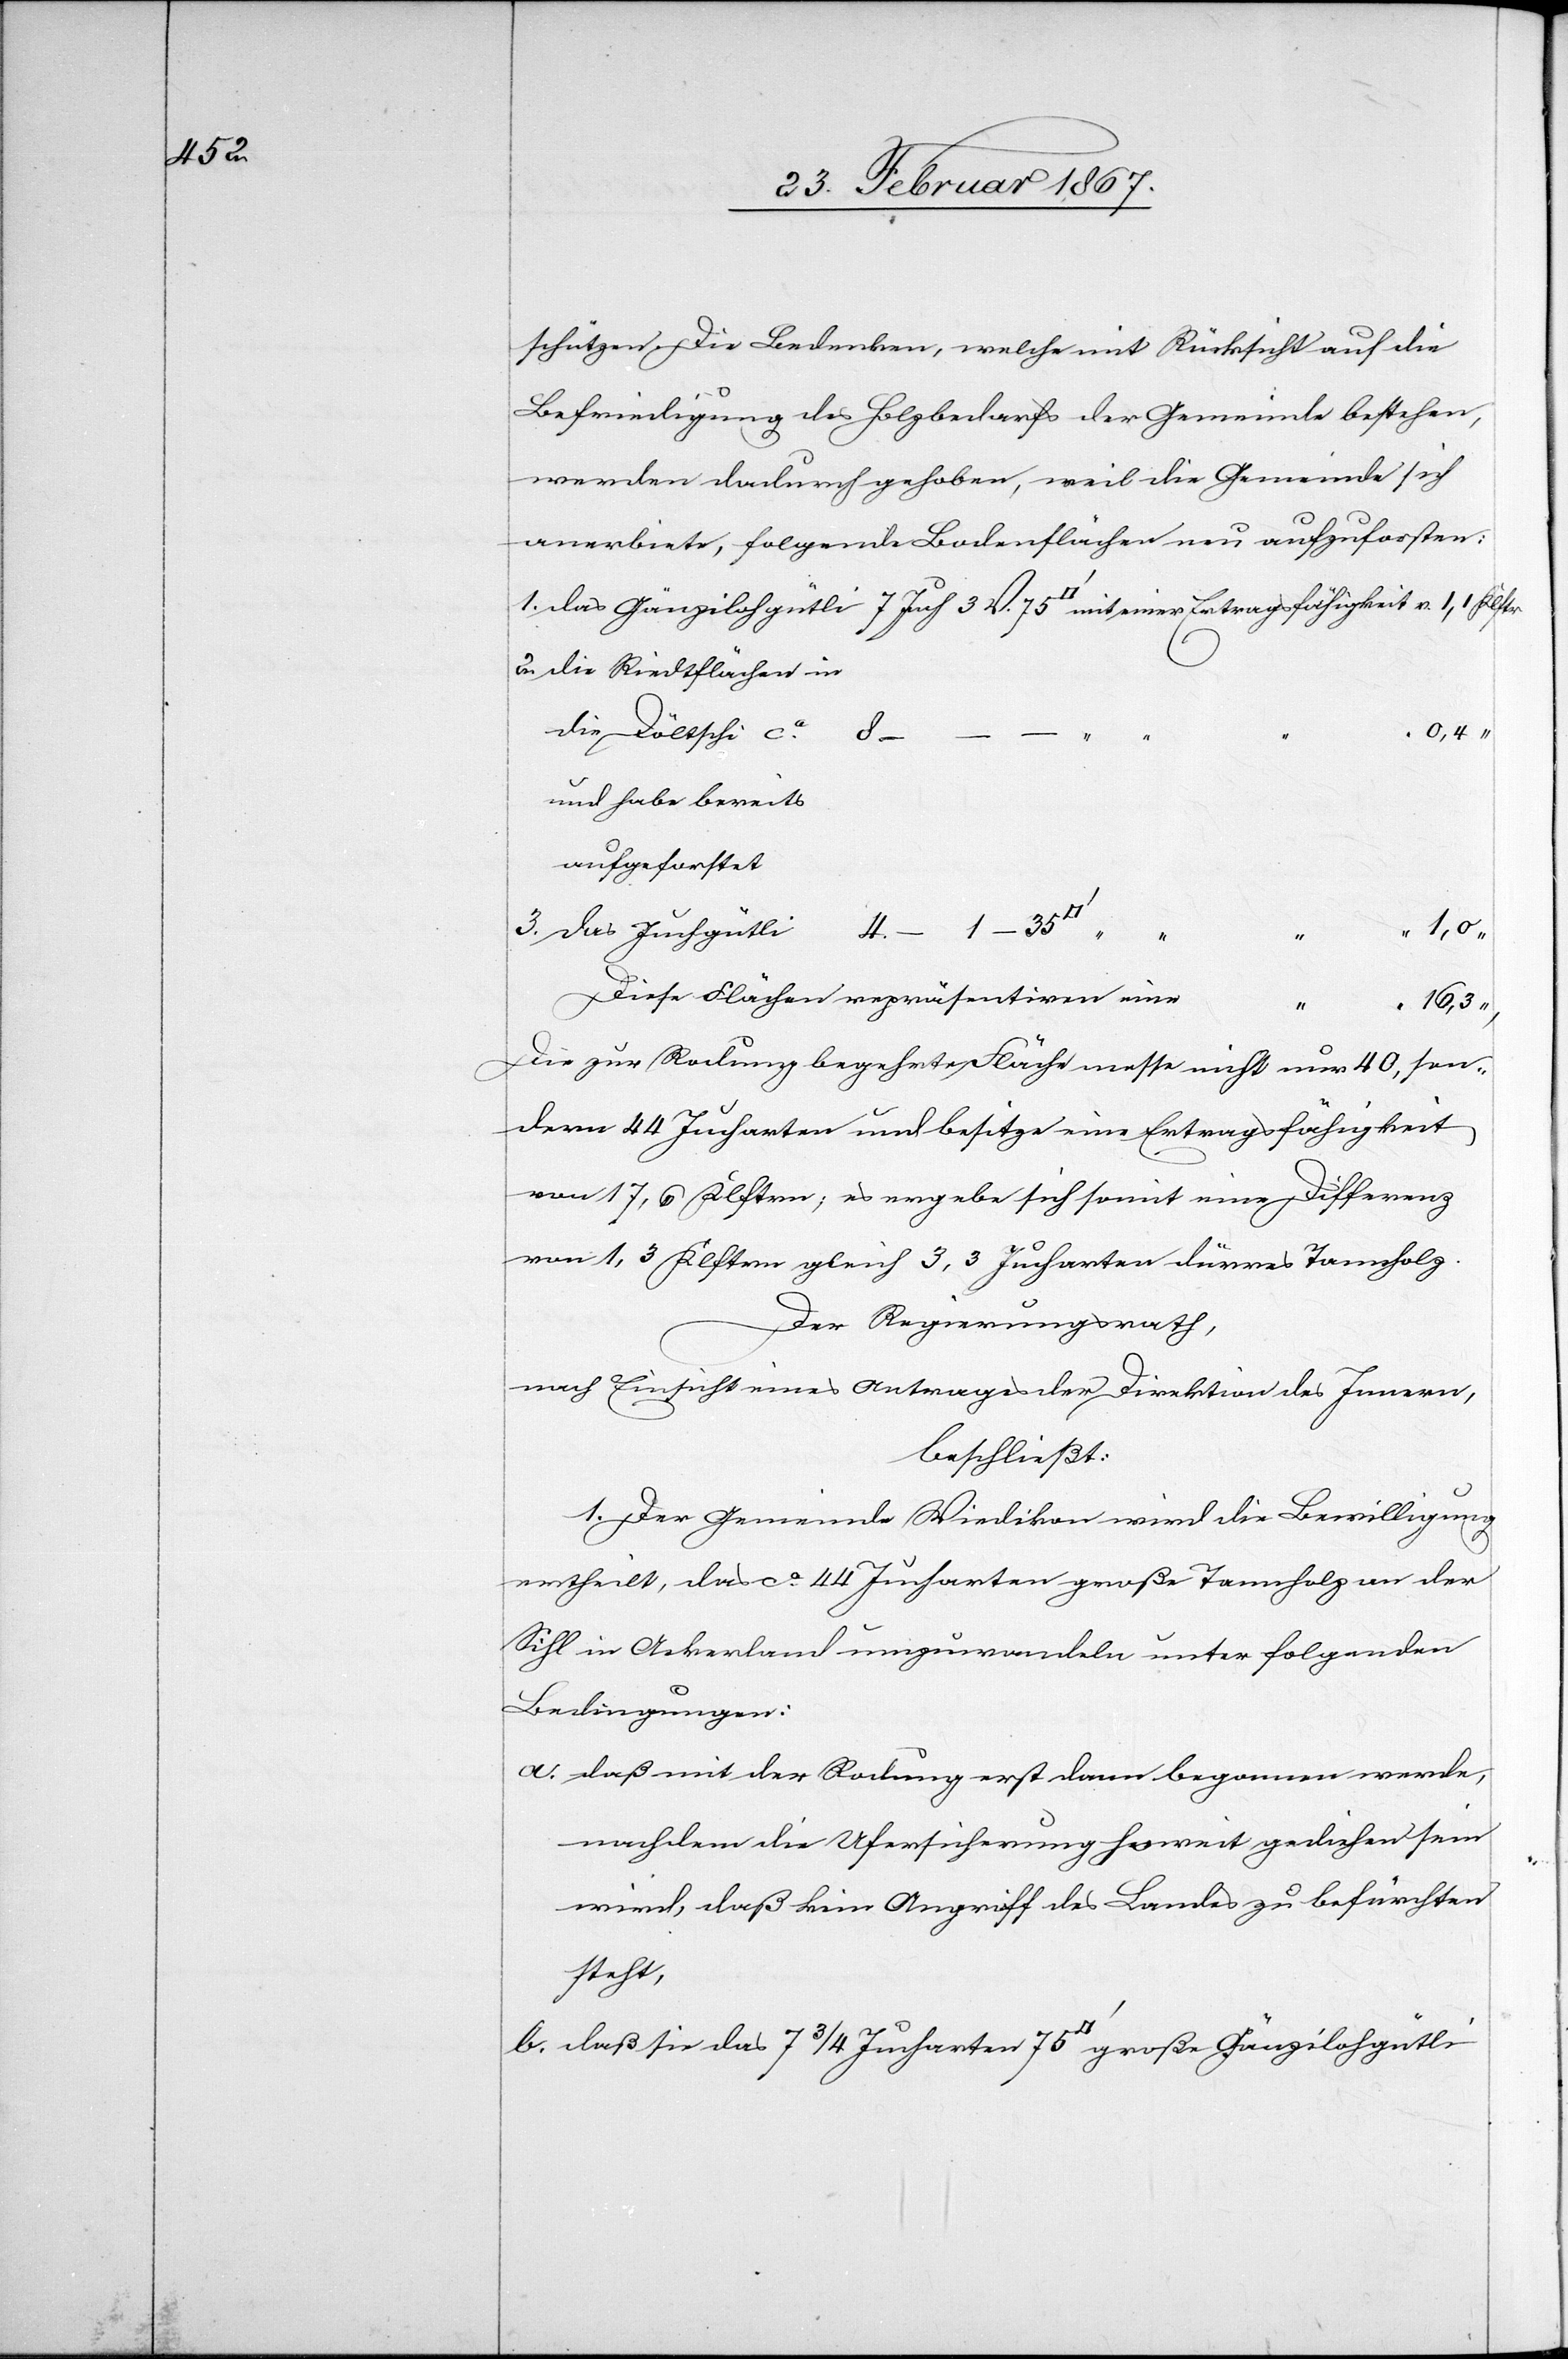
schützen. Die Bedenken, welche mit Rücksicht auf die
Befriedung des Holzbedarfs der Gemeinde bestehen,
werden dadurch gehoben, weil die Gemeinde sich
anerbiete, folgende Bodenfläche neu aufzuforsten:
1. das Gänzilohgütli	7	Juch 3 V. 75 [Quadratfuss] mit einer Ertragsfähigkeit v. 1,1 Klftrn
2. Die Riedtflächen in
die Döltschi ca.	8
0,4 “
und habe bereits
aufgeforstet
1,0
3. das Juchgütli	4. –	1 – 35
Diese Flächen repräsentiren eine
Die zur Rodung begehrte Fläche messe nicht nur 40, son¬
dern 44 Jucharten und besitze eine Ertragsfähigkeit
von 71,6 Klftrn; es ergebe sich somit eine Differenz
von 1,3 Klftrn gleich 3,3 Jucharten dürres Tannholz.
Der Regierungsrath,
nach Einsicht eines Antrages der Direktion des Innern,
beschließt:
1. Der Gemeinde Wiedikon wird die Bewilligung
ertheilt, das ca. 44 Jucharten große Tannholz an der
Sihl in Ackerland umzuwandeln unter folgenden
Bedingungen:
a. daß mit der Rodung erst dann begonnen werde,
nachdem die Ufersicherung soweit gediehen sein
wird, daß kein Angriff des Landes zu befürchten
steht,
b. daß sie das 7 3/4 Jucharten 75 [Quadratfuss] große